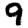
Digit: 9